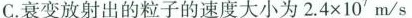
C.衰变放射出的粒子的速度大小为$$2 . 4 \times 1 0 ^ { 7 } m / s$$